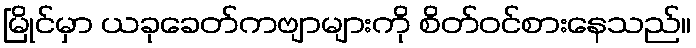
မြိုင်မှာ ယခုခေတ်ကဗျာများကို စိတ်ဝင်စားနေသည်။